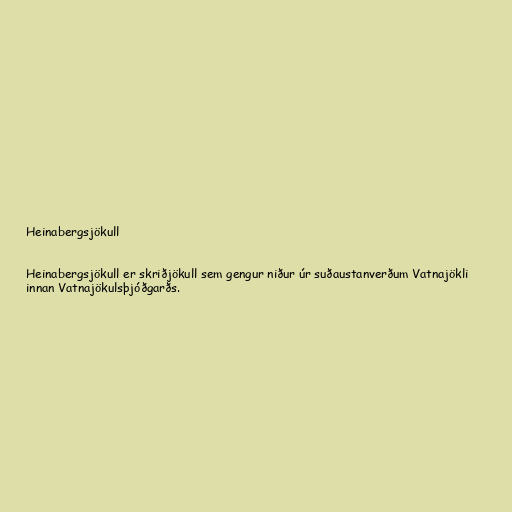
Heinabergsjökull

Heinabergsjökull er skriðjökull sem gengur niður úr suðaustanverðum Vatnajökli
innan Vatnajökulsþjóðgarðs.